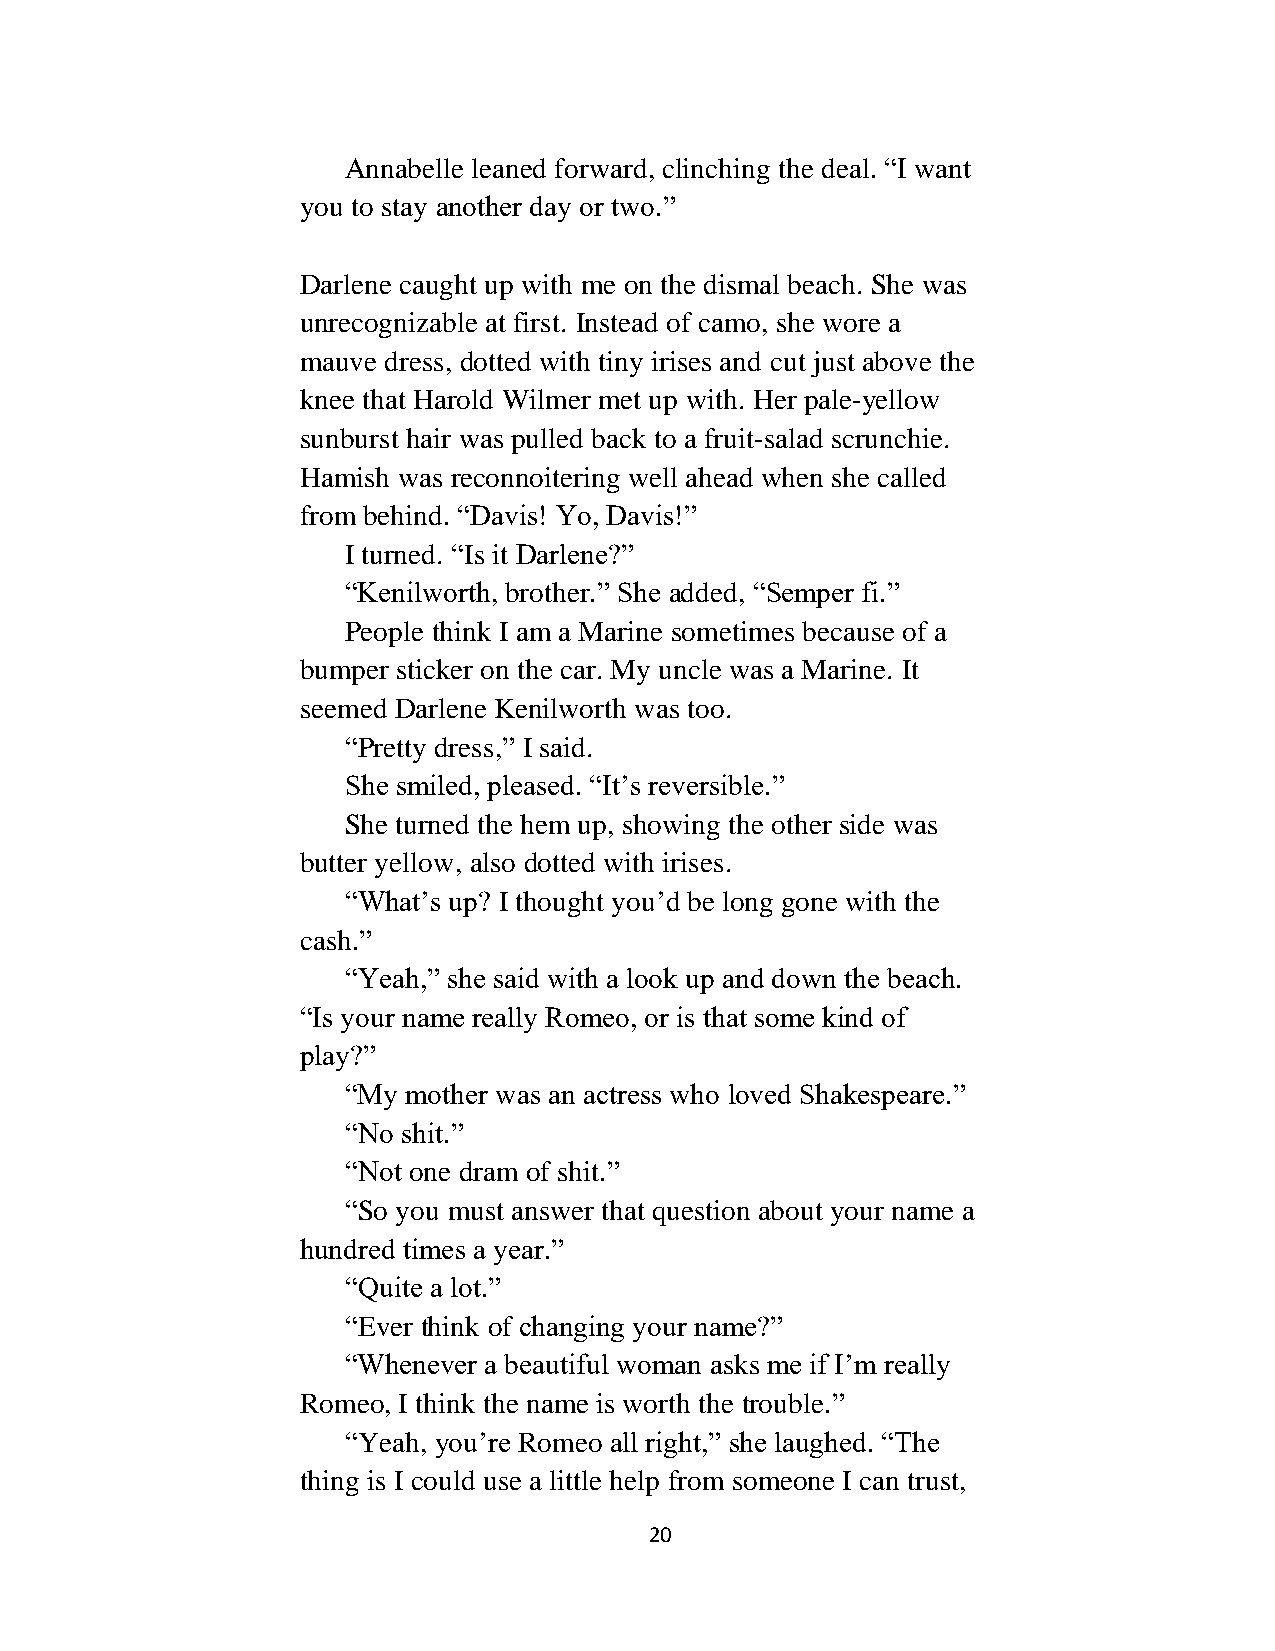
Annabelle leaned forward, clinching the deal. “I want
 you to stay another day or two.”
 Darlene caught up with me on the dismal beach. She was
 unrecognizable at first. Instead of camo, she wore a
 mauve dress, dotted with tiny irises and cut just above the
 knee that Harold Wilmer met up with. Her pale-yellow
 sunburst hair was pulled back to a fruit-salad scrunchie.
 Hamish was reconnoitering well ahead when she called
 from behind. “Davis! Yo, Davis!”
 I turned. “Is it Darlene?”
 “Kenilworth, brother.” She added, “Semper fi.”
 People think I am a Marine sometimes because of a
 bumper sticker on the car. My uncle was a Marine. It
 seemed Darlene Kenilworth was too.
 “Pretty dress,” I said.
 She smiled, pleased. “It’s reversible.”
 She turned the hem up, showing the other side was
 butter yellow, also dotted with irises.
 “What’s up? I thought you’d be long gone with the
 cash.”
 “Yeah,” she said with a look up and down the beach.
 “Is your name really Romeo, or is that some kind of
 play?”
 “My mother was an actress who loved Shakespeare.”
 “No shit.”
 “Not one dram of shit.”
 “So you must answer that question about your name a
 hundred times a year.”
 “Quite a lot.”
 “Ever think of changing your name?”
 “Whenever a beautiful woman asks me if I’m really
 Romeo, I think the name is worth the trouble.”
 “Yeah, you’re Romeo all right,” she laughed. “The
 thing is I could use a little help from someone I can trust,
 20